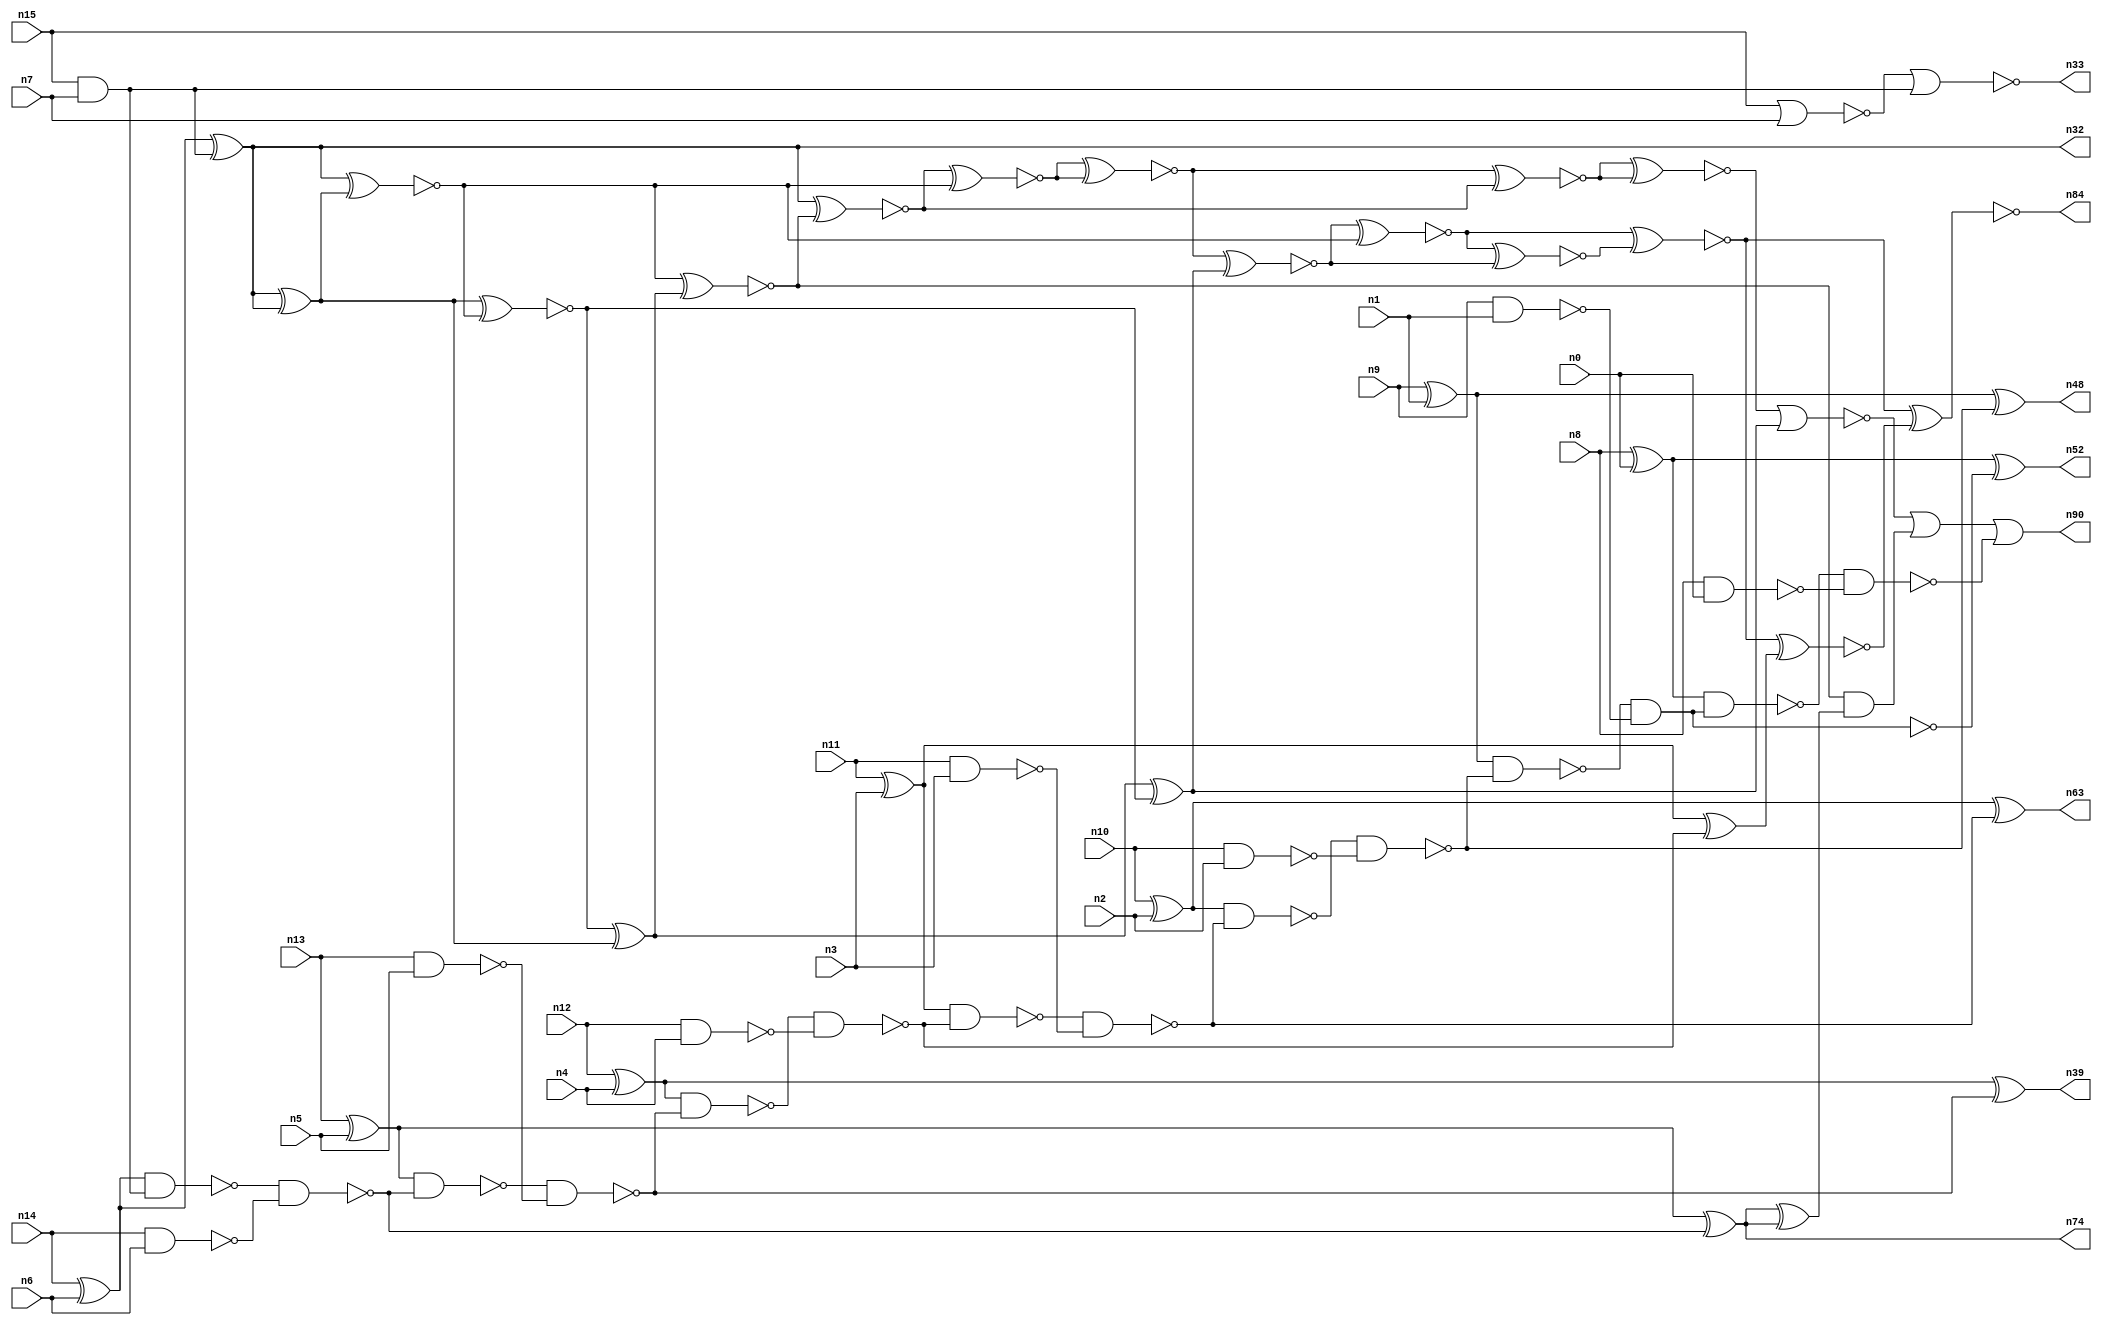
// This file contains a pareto-optimal circuit with respect to power and the fault-resilince parameter p_fault which is defined as:
// "For all input vectors, the ratio of the no. of faults observable at the POs to the no. of total possible faults in the circuit".
// This code is part of the ReCkt library (https://github.com/umar-afzaal/ReCkt) distributed under The MIT License.
// When used, please cite the following article(s):
// U. Afzaal, A.S. Hassan, M. Usman and J.A. Lee, "On the Evolutionary Synthesis of Increased Fault-resilience Arithmetic Circuits".

// p_fault = 64.8 %    (Lower is better)
// gates = 66.0
// levels = 16
// area = 97.54    (For MCNC library relative to nand2)
// power = 397.6 uW    (Berkely-SIS for MCNC library @ Vdd=5V and 20 MHz clock)
// delay = 32.8 ns    (Berkely-ABC for MCNC library)
// PDP = 1.30413e-11 J

// Pin mapping:
// {n0, n1, n2, n3, n4, n5, n6, n7} = A[7:0]
// {n8, n9, n10, n11, n12, n13, n14, n15} = B[7:0]
// {n90, n52, n48, n63, n84, n39, n74, n32, n33} = O[8:0]

module addr8s_power_37 (
n0, n1, n2, n3, n4, n5, n6, n7, n8, n9, n10, n11, n12, n13, n14, n15, 
n90, n52, n48, n63, n84, n39, n74, n32, n33
);

input n0, n1, n2, n3, n4, n5, n6, n7, n8, n9, n10, n11, n12, n13, n14, n15;
output n90, n52, n48, n63, n84, n39, n74, n32, n33;
wire n22, n28, n72, n49, n30, n24, n45, n66, n20, n64, n18, n51, n70, n58, n37, n76, n29, n17, n38, n65, 
n61, n86, n47, n23, n36, n73, n68, n42, n21, n54, n71, n16, n27, n56, n53, n67, n55, n83, n31, n25, 
n75, n41, n26, n35, n19, n34, n43, n62, n50, n69, n46, n59, n40, n57, n60, n77, n44;

xor (n16, n14, n6);
xor (n17, n8, n0);
xor (n18, n13, n5);
xor (n19, n10, n2);
nand (n20, n14, n6);
and (n21, n15, n7);
nand (n22, n13, n5);
nand (n23, n12, n4);
xor (n24, n12, n4);
nor (n25, n15, n7);
nand (n26, n9, n1);
nand (n27, n10, n2);
nand (n28, n8, n0);
xor (n29, n11, n3);
nand (n30, n11, n3);
xor (n31, n9, n1);
xor (n32, n16, n21);
nor (n33, n25, n21);
nand (n34, n16, n21);
nand (n35, n34, n20);
xor (n36, n18, n35);
nand (n37, n18, n35);
nand (n38, n37, n22);
xor (n39, n24, n38);
nand (n40, n24, n38);
nand (n41, n40, n23);
xor (n42, n29, n41);
nand (n43, n29, n41);
nand (n44, n43, n30);
nand (n45, n19, n44);
xor (n46, n19, n44);
nand (n47, n45, n27);
xor (n48, n31, n47);
nand (n49, n31, n47);
and (n50, n49, n26);
nand (n51, n49, n26);
xor (n52, n17, n51);
nand (n53, n17, n50);
nand (n54, n53, n28);
xor (n55, n32, n32);
xor (n56, n32, n32);
xnor (n57, n32, n55);
xnor (n58, n55, n57);
xor (n59, n58, n56);
xnor (n60, n57, n59);
xnor (n61, n56, n32);
xor (n62, n59, n58);
and (n63, n46, n46);
and (n64, n42, n42);
xnor (n65, n32, n60);
xnor (n66, n65, n61);
xnor (n67, n66, n66);
xnor (n68, n67, n62);
xnor (n69, n68, n61);
xnor (n70, n67, n65);
xnor (n71, n69, n68);
xnor (n72, n70, n70);
nor (n73, n72, n62);
and (n74, n36, n36);
xnor (n75, n69, n71);
xor (n76, n36, n36);
and (n77, n60, n76);
xnor (n83, n75, n64);
xnor (n84, n75, n83);
or (n86, n73, n77);
or (n90, n86, n54);

endmodule